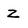
Character: Z